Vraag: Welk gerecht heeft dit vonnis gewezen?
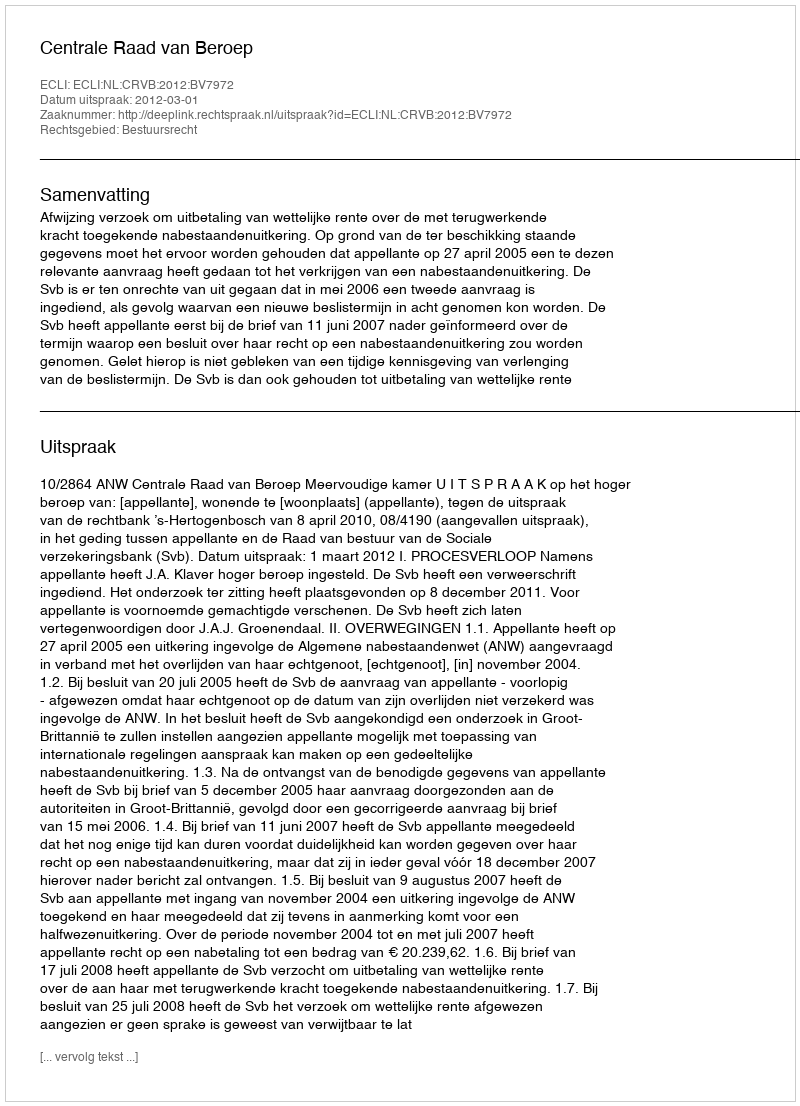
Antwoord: Centrale Raad van Beroep